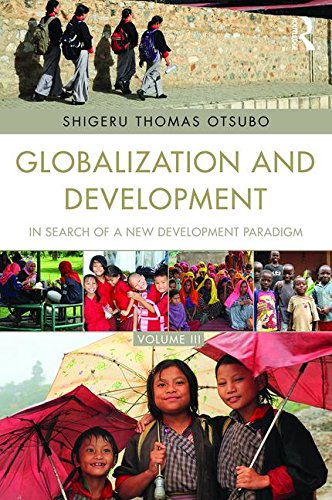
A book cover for Globalization and Development Volume III: In search of a new development paradigm; Business & Money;